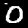
Digit: 0